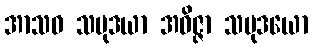
အာသဝ သမုဒယာ အဝိဇ္ဇာ သမုဒယော